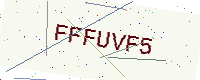
Text: FFFUVF5